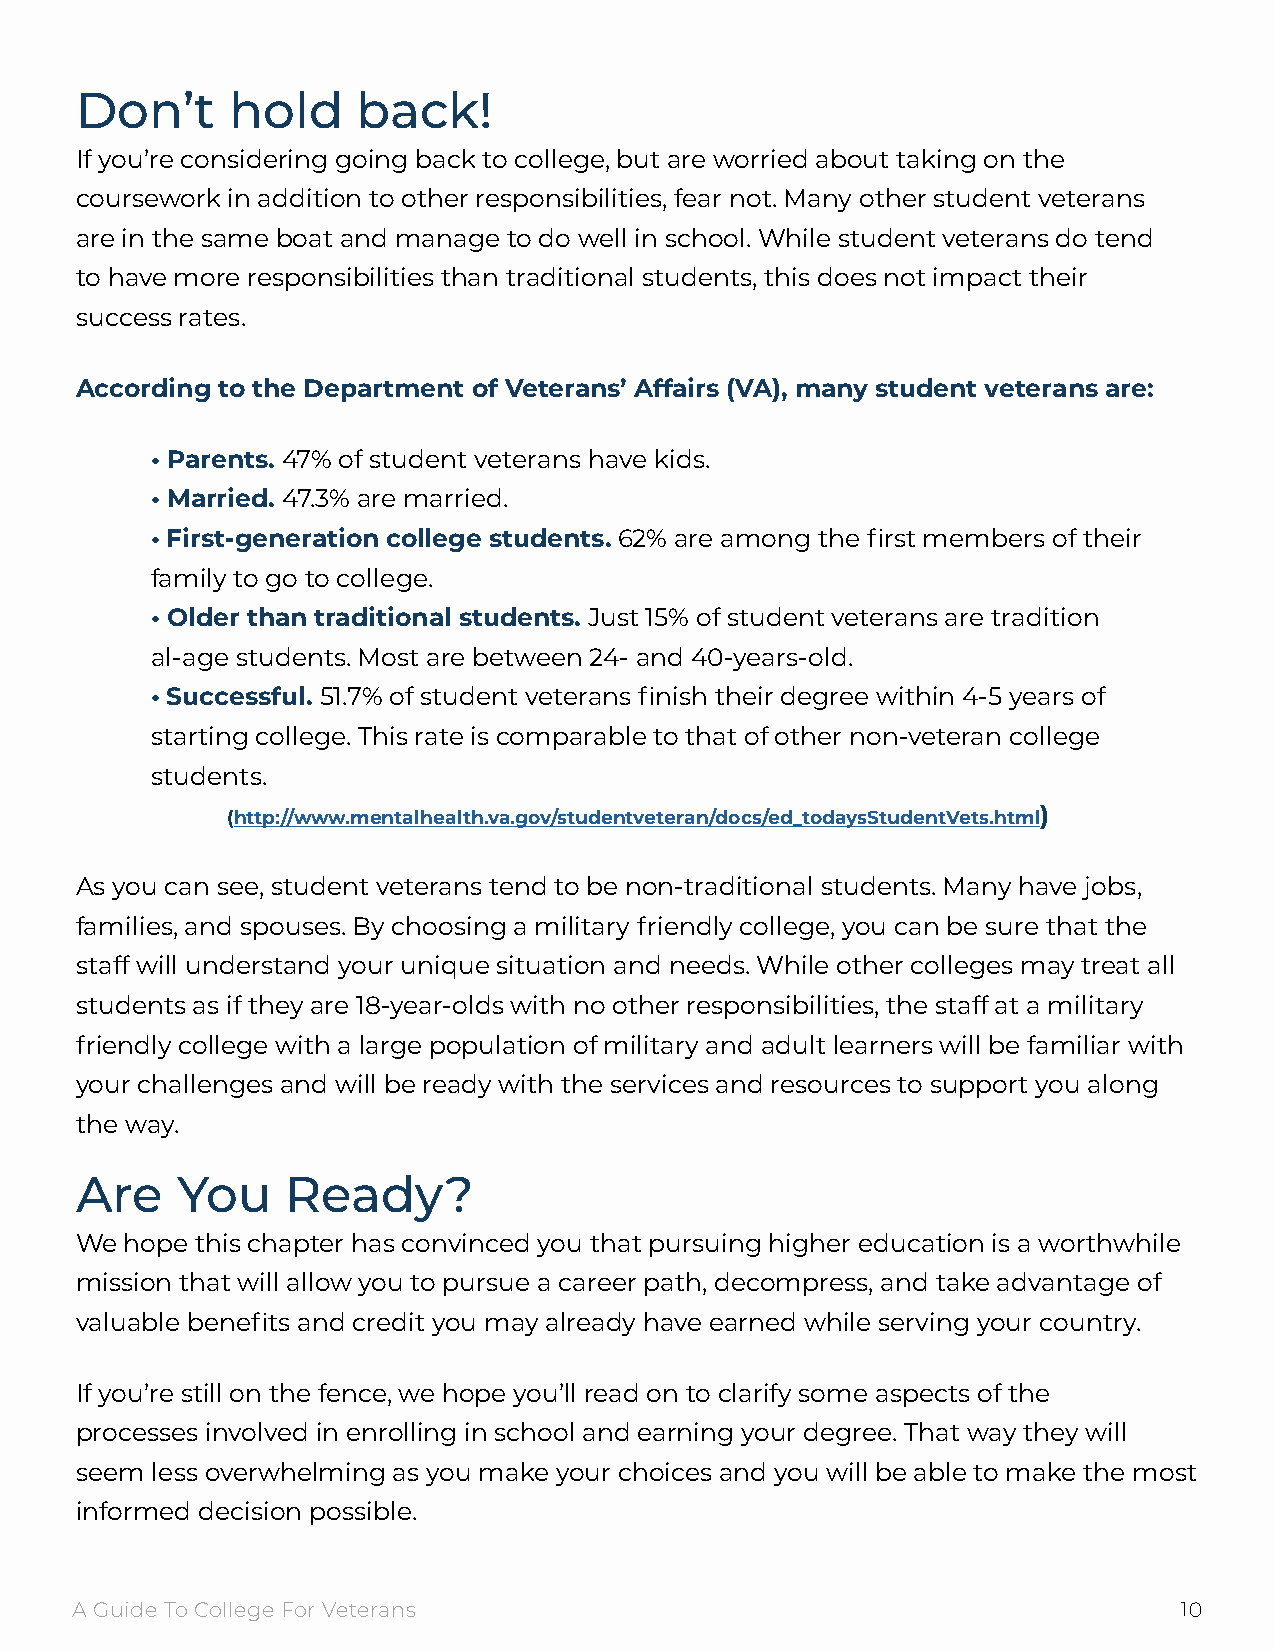
Don’t     hold     back!
 If you’re considering going back to college, but are worried about taking on the
 coursework in addition to other responsibilities, fear not. Many other student veterans
 are in the same boat and manage to do well in school. While student veterans do tend
 to have more responsibilities than traditional students, this does not impact their
 success rates.
 According to the Department of Veterans’ Affairs (VA), many student veterans are:
 • Parents. 47% of student veterans have kids.
 • Married. 47.3% are married.
 • First-generation college students. 62% are among the first members of their
 family to go to college.
 • Older than traditional students. Just 15% of student veterans are tradition
 al-age students. Most are between 24- and 40-years-old.
 • Successful. 51.7% of student veterans finish their degree within 4-5 years of
 starting college. This rate is comparable to that of other non-veteran college
 students.
 (http://www.mentalhealth.va.gov/studentveteran/docs/ed_todaysStudentVets.html)
 As you can see, student veterans tend to be non-traditional students. Many have jobs,
 families, and spouses. By choosing a military friendly college, you can be sure that the
 staff will understand your unique situation and needs. While other colleges may treat all
 students as if they are 18-year-olds with no other responsibilities, the staff at a military
 friendly college with a large population of military and adult learners will be familiar with
 your challenges and will be ready with the services and resources to support you along
 the way.
 Are    You    Ready?
 We hope this chapter has convinced you that pursuing higher education is a worthwhile
 mission that will allow you to pursue a career path, decompress, and take advantage of
 valuable benefits and credit you may already have earned while serving your country.
 If you’re still on the fence, we hope you’ll read on to clarify some aspects of the
 processes involved in enrolling in school and earning your degree. That way they will
 seem less overwhelming as you make your choices and you will be able to make the most
 informed decision possible.
 A Guide To College For Veterans                                          10